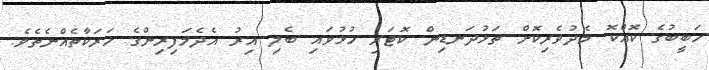
ހަބީބުގެ ކޮއްކޮ މެދުވެރިކޮށް ތަޅުދަނޑިން ކޮޓަރި ހުޅުވައި ބެލި އިރު އެދެމަފިރިންގެ ހަރަކާތެއްނެތެވެ.